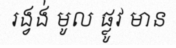
រង្វង់ មូល ផ្លូវ មាន